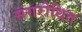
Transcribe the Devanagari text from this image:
संगरोधित